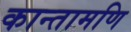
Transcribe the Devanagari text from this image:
कान्तामणि